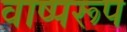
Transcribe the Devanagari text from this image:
वाष्परूप